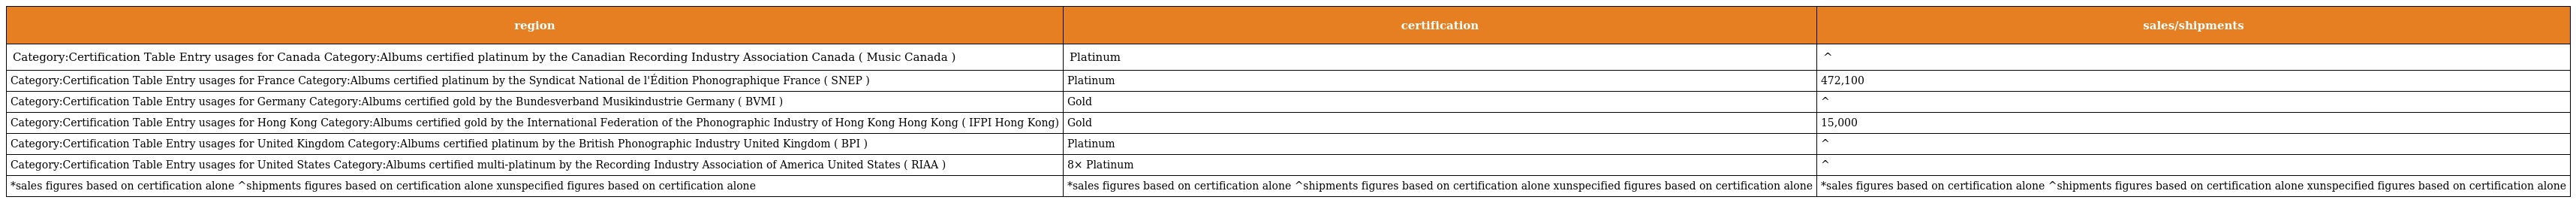
| region | certification | sales/shipments |
 | --- | --- | --- |
 | Category:Certification Table Entry usages for Canada Category:Albums certified platinum by the Canadian Recording Industry Association Canada ( Music Canada ) | Platinum | ^ |
 | Category:Certification Table Entry usages for France Category:Albums certified platinum by the Syndicat National de l'Édition Phonographique France ( SNEP ) | Platinum | 472,100 |
 | Category:Certification Table Entry usages for Germany Category:Albums certified gold by the Bundesverband Musikindustrie Germany ( BVMI ) | Gold | ^ |
 | Category:Certification Table Entry usages for Hong Kong Category:Albums certified gold by the International Federation of the Phonographic Industry of Hong Kong Hong Kong ( IFPI Hong Kong) | Gold | 15,000 |
 | Category:Certification Table Entry usages for United Kingdom Category:Albums certified platinum by the British Phonographic Industry United Kingdom ( BPI ) | Platinum | ^ |
 | Category:Certification Table Entry usages for United States Category:Albums certified multi-platinum by the Recording Industry Association of America United States ( RIAA ) | 8× Platinum | ^ |
 | *sales figures based on certification alone ^shipments figures based on certification alone xunspecified figures based on certification alone | *sales figures based on certification alone ^shipments figures based on certification alone xunspecified figures based on certification alone | *sales figures based on certification alone ^shipments figures based on certification alone xunspecified figures based on certification alone |